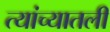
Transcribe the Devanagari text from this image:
त्यांच्यातली